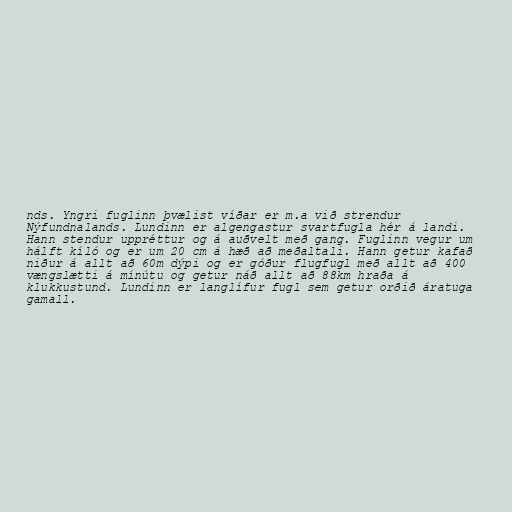
nds. Yngri fuglinn þvælist víðar er m.a við strendur
Nýfundnalands. Lundinn er algengastur svartfugla hér á landi.
Hann stendur uppréttur og á auðvelt með gang. Fuglinn vegur um
hálft kíló og er um 20 cm á hæð að meðaltali. Hann getur kafað
niður á allt að 60m dýpi og er góður flugfugl með allt að 400
vængslætti á mínútu og getur náð allt að 88km hraða á
klukkustund. Lundinn er langlífur fugl sem getur orðið áratuga
gamall.